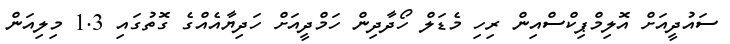
ސައުދީއަށް އޮލިމްޕިކްސްއިން ރިހި މެޑަލް ހޯދާދިން ހަމްދީއަށް ހަދިޔާއެއްގެ ގޮތުގައި 1.3 މިލިއަން